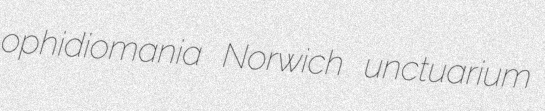
ophidiomania Norwich unctuarium